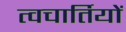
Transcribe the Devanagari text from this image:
त्वचार्तियों